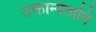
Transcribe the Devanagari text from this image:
उक्तान्येतानि